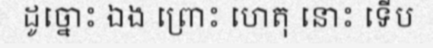
ដូច្នោះ ឯង ព្រោះ ហេតុ នោះ ទើប